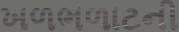
ખળભળાટની